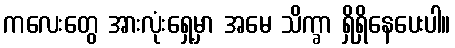
ကလေးတွေ အားလုံးရှေ့မှာ အမေ သိက္ခာ ရှိရှိနေပေးပါ။